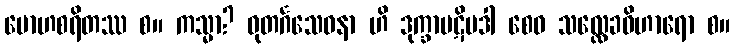
မောဟစရိတဿ စ။ ကသ္မာ? ဓုတင်္ဂသေဝနာ ဟိ ဒုက္ခာပဋိပဒါ စေဝ သလ္လေခဝိဟာရော စ။